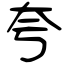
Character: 夸